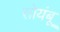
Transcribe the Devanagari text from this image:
सोयंबू